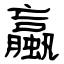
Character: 蠃